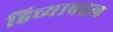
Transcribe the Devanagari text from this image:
हिच्याबद्दल